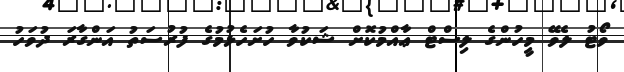
ވޯޓު ލެވޭ މީހުންގެ ލިސްޓް ޢާއްމުކޮށް ޝަކުވާ ހުށަހެޅުމުގެ ފުރުސަތު އަންގާރަ ދުވަހު